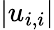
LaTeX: |u_{i,i}|